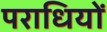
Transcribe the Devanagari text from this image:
पराधियों